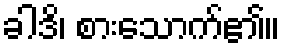
ခါဒိ၊ စားသောက်၏။